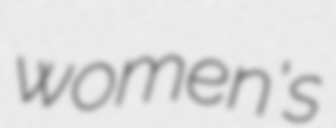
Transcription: women's